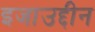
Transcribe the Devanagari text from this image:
इजाउद्दीन